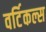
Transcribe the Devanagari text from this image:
वर्टिकल्स